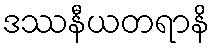
ဒဿနီယတရာနိ